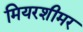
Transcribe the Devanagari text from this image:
मियरशीमर